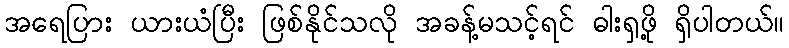
အရေပြား ယားယံပြီး ဖြစ်နိုင်သလို အခန့်မသင့်ရင် ဓါးရှဖို့ ရှိပါတယ်။